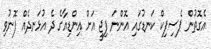
އެގޮތުން ޕެސިފިކް ކަނޑުގައި އޮންނަ ފިޖީ އަށް އިންޑިއާގެ ދެ އުޅަނދެއް ފޮނުވި